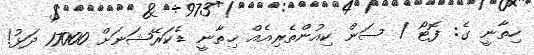
ހިތާނީ ގެ: ފޮޓޯ / ސަން ކިއުންތެރިއެއް ޚިތާނީ ޑެކަރޭޝަނަށް 17000 ދަޅު!